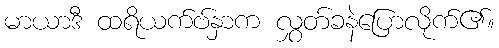
မာယာဒီ ထရိယက်ဗ်နှာက လွှတ်ခနဲပြောလိုက်၏။